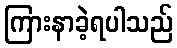
ကြားနာခဲ့ရပါသည်